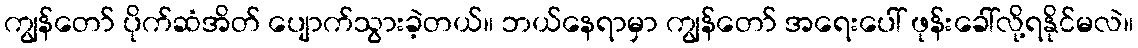
ကျွန်တော် ပိုက်ဆံအိတ် ပျောက်သွားခဲ့တယ်။ ဘယ်နေရာမှာ ကျွန်တော် အရေးပေါ် ဖုန်းခေါ်လို့ရနိုင်မလဲ။